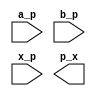
module Celda_final_d_i (

    input wire a_p, // Entrada A, ltimo bit de la palabra A
    input wire b_p, // Entrada B, ltimo bit de la palabra B
    input wire x_p, // Entrada x, representa el estado inicial definido
    output wire p_x // Salida, resultado de la lgica combinacional del mdulo
);

    wire c1; // Conecta la salida de not U1 a la entrada and U2
    wire c2; // Salida de U2
    wire c3; // Salida de U3
    wire c4; // Salida de U4
    wire c5; // Salida de U5
    wire c6; // Salida de U6

    // Negar A
    not U1 (a_p, c1);

    // ~A con B
    and U2 (c1, b_p, c2);

    // x con ~A
    and U3 (x_p, c1, c3);

    // x con B
    and U4 (x_p, b_p, c4);

    // Sumar
    or U5 (c2, c3, c5);
    or U6 (c4, c5, p_x);

endmodule